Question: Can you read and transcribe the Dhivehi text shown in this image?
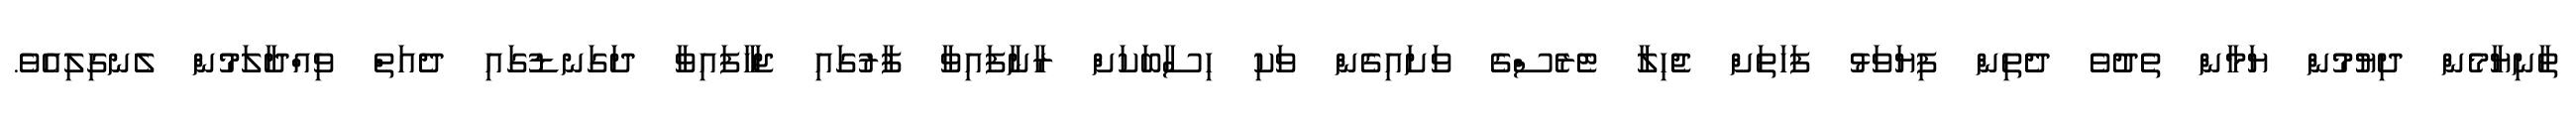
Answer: ތާނިޔާމެން ދިޔުމުން ޔަމާން ތެދުވެ ދެތިން ފިޔަވަޅު ފަހަތަށް ޖެހިލާ ޓެރެސްގެ ވަށައިގެން ވަކި ހިސާބަކަށް ރާނާފައިވާ ފާރުގައި ޖަހާފައިވާ ދަގަނޑުގައި ދެއަތް ވިއްދާލަމުން ލެނގިލިއެވެ.